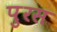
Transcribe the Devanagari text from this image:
पुरस